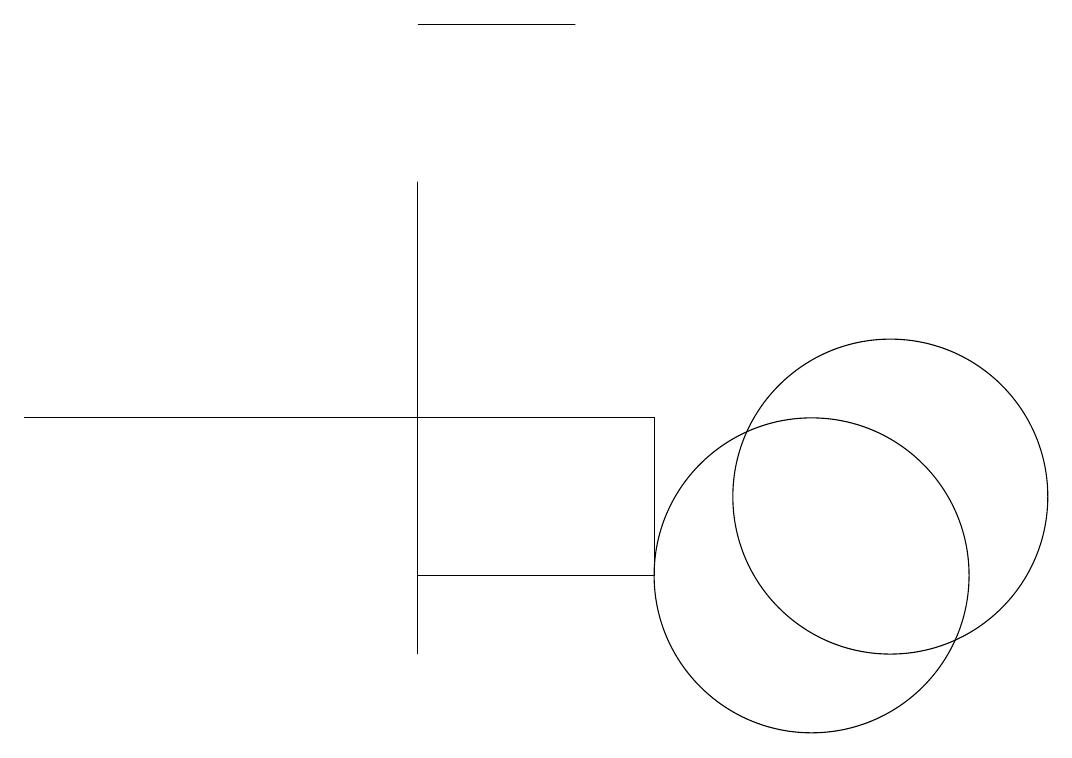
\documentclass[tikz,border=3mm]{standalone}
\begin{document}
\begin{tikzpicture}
\draw (6,13) rectangle (0,13);
\draw (11,12) circle (2);
\draw (7,18) rectangle (5,18);
\draw (8,13) rectangle (5,11);
\draw (5,10) rectangle (5,16);
\draw (10,11) circle (2);
\draw (12,10) circle (0);
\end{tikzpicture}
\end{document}